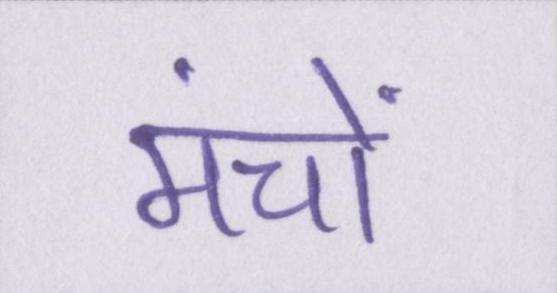
मंचों